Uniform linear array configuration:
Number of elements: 12
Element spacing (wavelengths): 1
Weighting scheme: hann
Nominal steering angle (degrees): -45
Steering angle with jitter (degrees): -45.873
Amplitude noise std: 0.05
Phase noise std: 0.05

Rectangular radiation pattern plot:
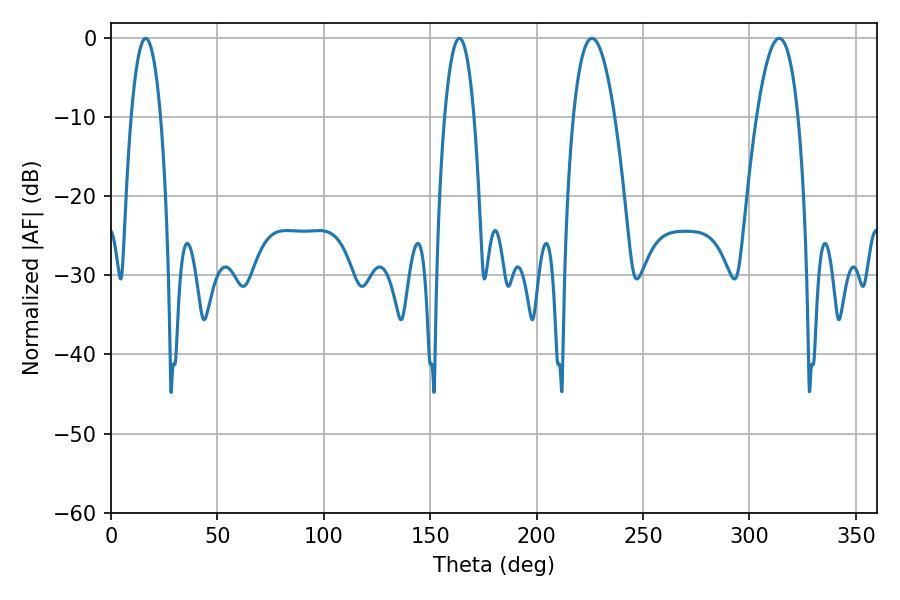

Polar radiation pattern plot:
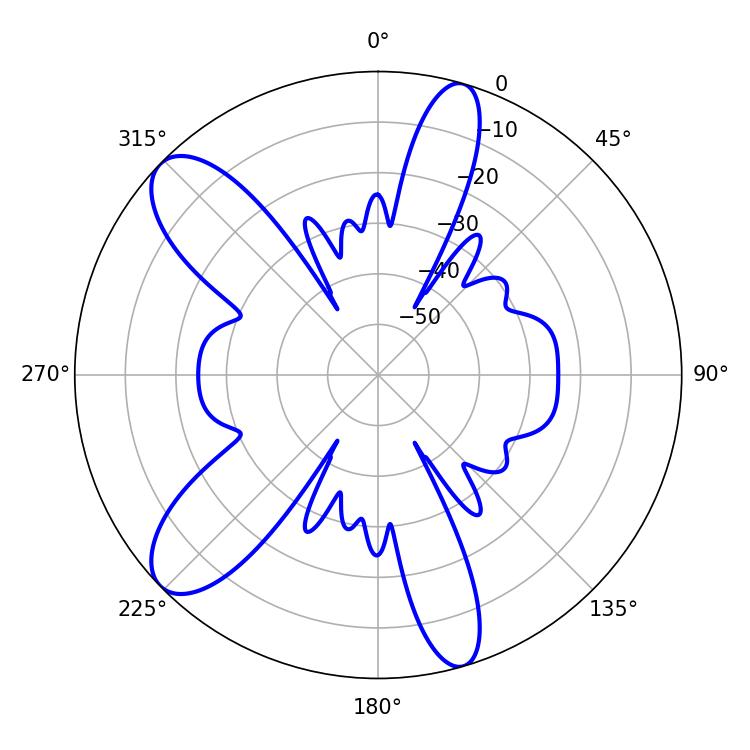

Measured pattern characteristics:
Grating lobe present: TRUE
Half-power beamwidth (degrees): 10.8
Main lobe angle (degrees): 226.08